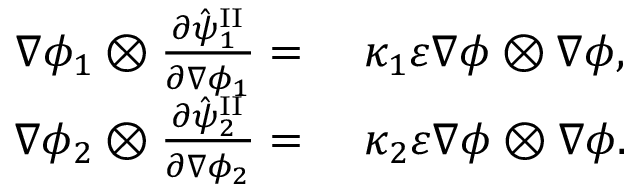
\begin{array} { r l } { \nabla \phi _ { 1 } \otimes \frac { \partial \hat { \psi } _ { 1 } ^ { \mathrm { I I } } } { \partial \nabla \phi _ { 1 } } = } & { ~ \kappa _ { 1 } \varepsilon \nabla \phi \otimes \nabla \phi , } \\ { \nabla \phi _ { 2 } \otimes \frac { \partial \hat { \psi } _ { 2 } ^ { \mathrm { I I } } } { \partial \nabla \phi _ { 2 } } = } & { ~ \kappa _ { 2 } \varepsilon \nabla \phi \otimes \nabla \phi . } \end{array}